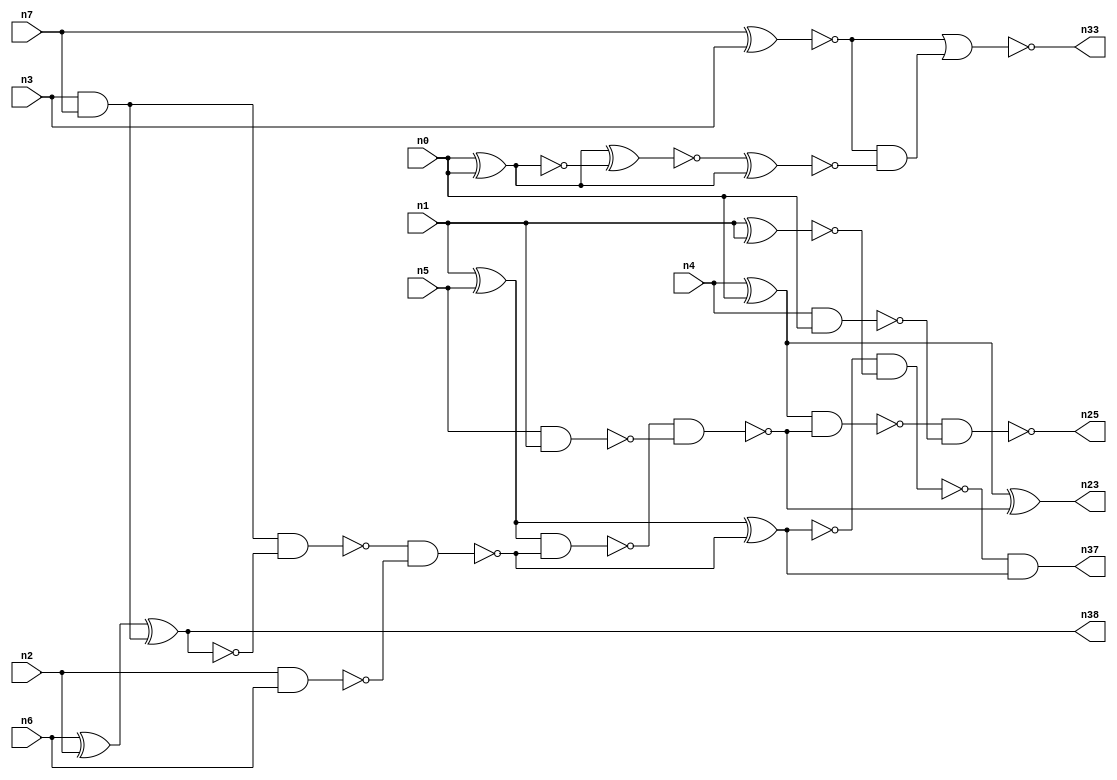
// This program was cloned from: https://github.com/umar-afzaal/ReCkt
// License: MIT License

// This file contains a pareto-optimal circuit with respect to pdp and the fault-resilince parameter p_fault which is defined as:
// "For all input vectors, the ratio of the no. of faults observable at the POs to the no. of total possible faults in the circuit".
// This code is part of the ReCkt library (https://github.com/umar-afzaal/ReCkt) distributed under The MIT License.
// When used, please cite the following article(s):
// U. Afzaal, A.S. Hassan, M. Usman and J.A. Lee, "On the Evolutionary Synthesis of Increased Fault-resilience Arithmetic Circuits".

// p_fault = 74.2 %    (Lower is better)
// gates = 29.0
// levels = 8
// area = 38.61    (For MCNC library relative to nand2)
// power = 151.4 uW    (Berkely-SIS for MCNC library @ Vdd=5V and 20 MHz clock)
// delay = 11.0 ns    (Berkely-ABC for MCNC library)
// PDP = 1.6654e-12 J

// Pin mapping:
// {n0, n1, n2, n3} = A[3:0]
// {n4, n5, n6, n7} = B[3:0]
// {n25, n23, n37, n38, n33} = O[4:0]

module addr4u_pdp_13 (
n0, n1, n2, n3, n4, n5, n6, n7, 
n25, n23, n37, n38, n33
);

input n0, n1, n2, n3, n4, n5, n6, n7;
output n25, n23, n37, n38, n33;
wire n29, n13, n18, n30, n24, n20, n9, n14, n16, n35, n22, n8, n15, n32, n10, n31, n26, n19, n21, n27, 
n11, n28, n12, n17;

and (n8, n3, n7);
xor (n9, n6, n2);
xor (n10, n1, n5);
nand (n11, n5, n1);
nand (n12, n4, n0);
nand (n13, n2, n6);
xnor (n14, n7, n3);
xor (n15, n4, n0);
xnor (n16, n9, n8);
nand (n17, n8, n16);
and (n18, n14, n14);
nand (n19, n17, n13);
nand (n20, n10, n19);
xnor (n21, n10, n19);
nand (n22, n20, n11);
xor (n23, n15, n22);
nand (n24, n15, n22);
nand (n25, n24, n12);
nand (n26, n21, n21);
xnor (n27, n0, n0);
not (n28, n27);
xnor (n29, n28, n27);
xnor (n30, n29, n28);
and (n31, n14, n30);
xnor (n32, n1, n1);
nor (n33, n18, n31);
nand (n35, n21, n32);
and (n37, n35, n26);
nand (n38, n16, n16);

endmodule